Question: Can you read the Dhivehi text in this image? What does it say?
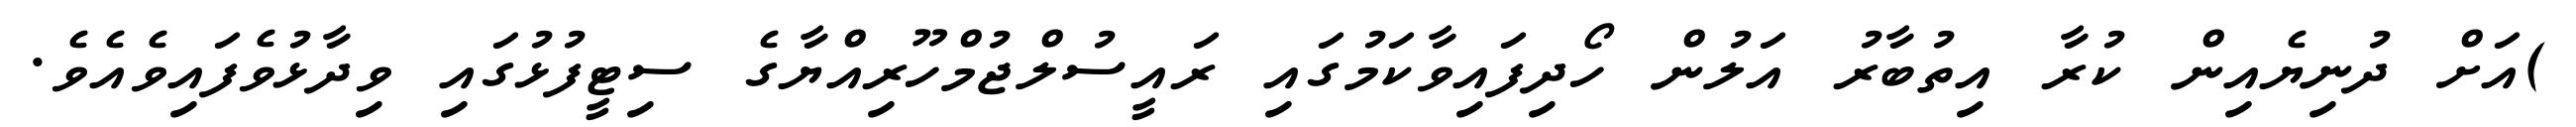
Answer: )އަށް ދުނިޔެއިން ކުރާ އިތުބާރު އަލުން ހޯދިފައިވާކަމުގައި ރައީސުލްޖުމްހޫރިއްޔާގެ ސިޓީފުޅުގައި ވިދާޅުވެފައިވެއެވެ.